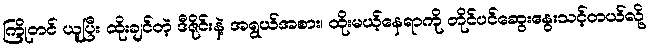
ကြိုတင် ယူပြီး ထိုးချင်တဲ့ ဒီဇိုင်းနဲ့ အရွယ်အစား၊ ထိုးမယ့်နေရာကို တိုင်ပင်ဆွေးနွေးသင့်တယ်လို့